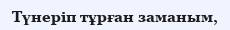
Түнеріп тұрған заманым,